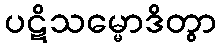
ပဋိသမ္မောဒိတွာ